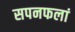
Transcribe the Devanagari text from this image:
सपनफलां